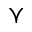
\curlyvee